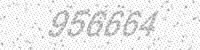
Solution: 956664